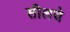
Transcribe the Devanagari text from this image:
सीलचे